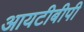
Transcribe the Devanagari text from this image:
आयटीबीपी